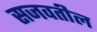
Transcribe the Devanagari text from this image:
सजवतील